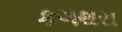
કગથરા